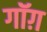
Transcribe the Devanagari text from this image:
गॉग़